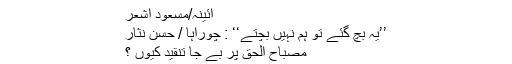
آئینہ/مسعود اشعر
’’یہ بچ گئے تو ہم نہیں بچتے‘‘ : چوراہا / حسن نثار
مصباح الحق پر بے جا تنقید کیوں ؟